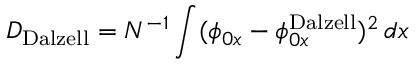
D _ { \mathrm { { D a l z e l l } } } = N ^ { - 1 } \int ( \phi _ { 0 x } - \phi _ { 0 x } ^ { \mathrm { { D a l z e l l } } } ) ^ { 2 } \, d x